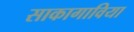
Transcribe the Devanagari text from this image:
साकागाविया